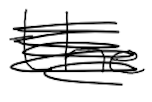
Text: the
Cross-out: scratch
Writing tool: digital_black